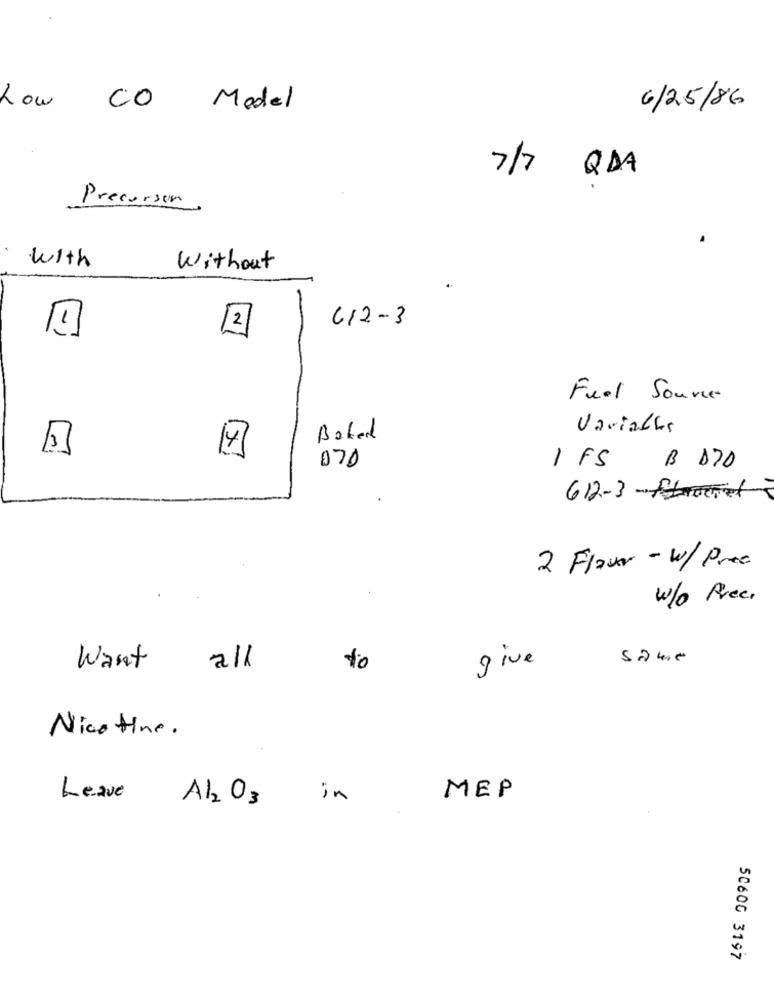
how CO Model
6/25/86
7/7
QDA
Precursor
with
Without
612-3
[2]
Feel Source
Variables
Baked
4
070
IFS
B 170
612-3-fouret
2 Flower - w/ Pree
W/o Prec.
same
Want
all
to
give
Nico tine.
MEP
Leave Al2 O3 in
5060G 3197